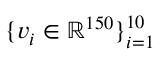
\{ \boldsymbol v _ { i } \in \mathbb { R } ^ { 1 5 0 } \} _ { i = 1 } ^ { 1 0 }